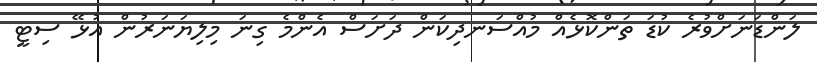
ލަންޑަނަށްވުރެ ކުޑަ ތަންކޮޅެއް މުއްސަނދިކަން ދަށަސް އެންމެ ގިނަ މިލިޔަނަރުން އުޅޭ ސިޓީ